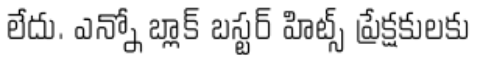
లేదు. ఎన్నో బ్లాక్ బస్టర్ హిట్స్ ప్రేక్షకులకు